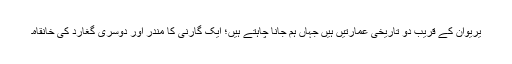
یریوان کے قریب دو تاریخی عمارتیں ہیں جہاں ہم جانا چاہتے ہیں؛ ایک گارنی کا مندر اور دوسری گغارد کی خانقاہ۔